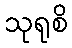
သုရုစိ